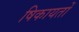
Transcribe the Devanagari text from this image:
षिकायतों